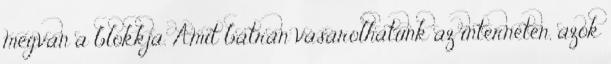
megvan a blokkja. Amit bátran vásárolhatunk az interneten, azok